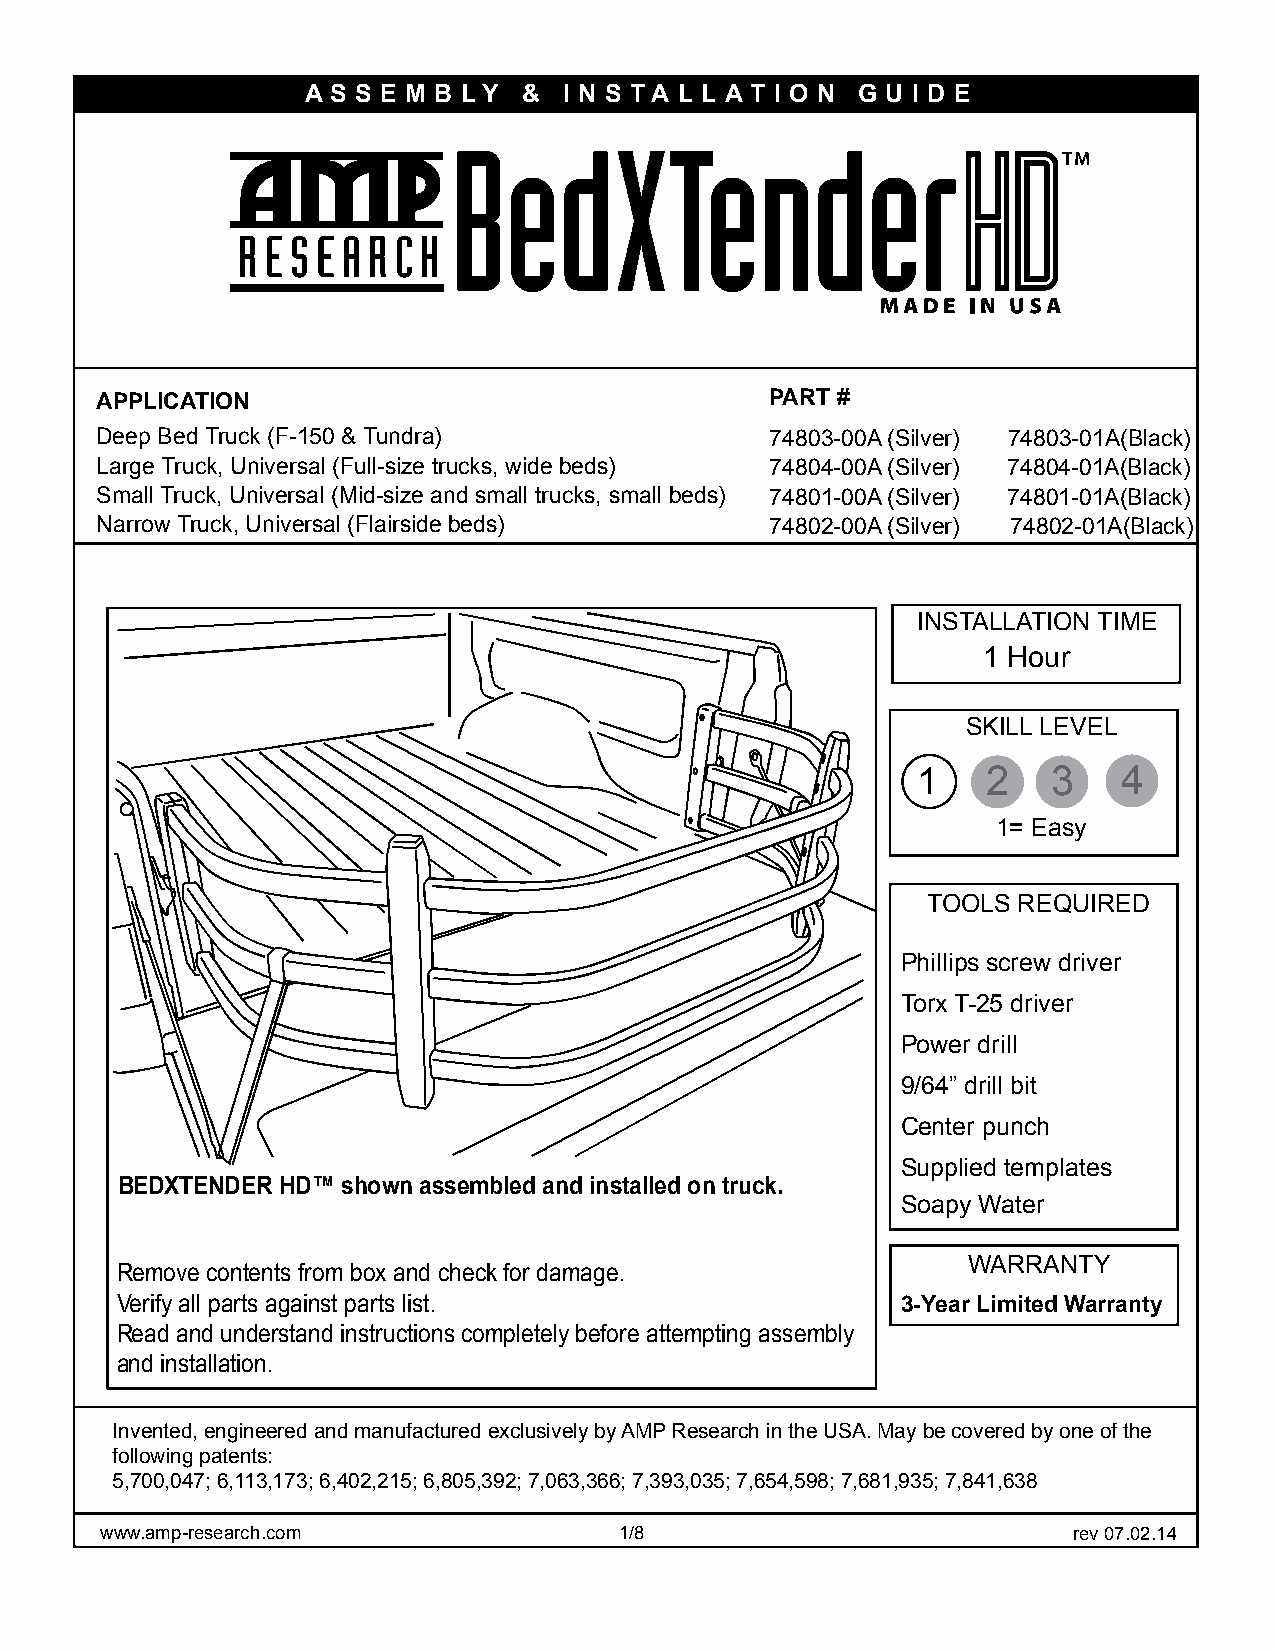
A S S E M B LY & I N S T A L L A T I O N G U I D E
 APPLICATION                                  PART #
 Deep Bed Truck (F-150 & Tundra)              74803-00A (Silver) 74803-01A(Black)
 Large Truck, Universal (Full-size trucks, wide beds) 74804-00A (Silver) 74804-01A(Black)
 Small Truck, Universal (Mid-size and small trucks, small beds) 74801-00A (Silver) 74801-01A(Black)
 Narrow Truck, Universal (Flairside beds)     74802-00A (Silver) 74802-01A(Black)
 INSTALLATION TIME
 1 Hour
 SKILL LEVEL
 1   2    3   4
 1= Easy
 TOOLS REQUIRED
 Phillips screw driver
 Torx T-25 driver
 Power drill
 9/64” drill bit
 Center punch
 Supplied templates
 BEDXTENDER HD™ shown assembled and installed on truck.
 Soapy Water
 WARRANTY
 Remove contents from box and check for damage.
 Verify all parts against parts list.                3-Year Limited Warranty
 Read and understand instructions completely before attempting assembly
 and installation.
 Invented, engineered and manufactured exclusively by AMP Research in the USA. May be covered by one of the
 following patents:
 5,700,047; 6,113,173; 6,402,215; 6,805,392; 7,063,366; 7,393,035; 7,654,598; 7,681,935; 7,841,638
 www.amp-research.com              1/8                           rev 07.02.14